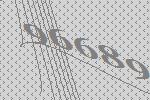
96689